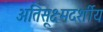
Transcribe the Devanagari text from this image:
अतिसूक्ष्मदर्शीय